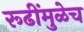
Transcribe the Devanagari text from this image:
रूढींमुळेच